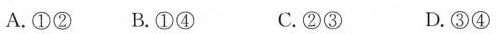
A.①② B.①④ C.②③ D.③④